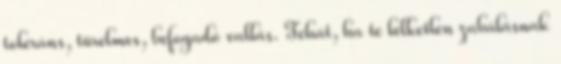
toleráns, türelmes, befogadó vallás. Tehát, ha te lelketlen zabálásnak